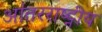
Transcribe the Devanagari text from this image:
आंतरराष्ट्नीय